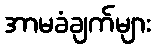
အာမခံချက်များ